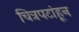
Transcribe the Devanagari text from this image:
चित्रपटांहून